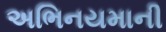
અભિનયમાની